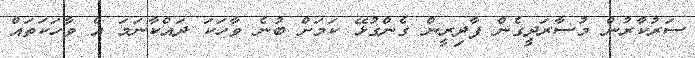
ސަރުކާރުން މުސާރަދީގެން ފާދިރީން ގެންގުޅޭ ކަމަށް ބުނެ ވާހަކަ ދައްކާނަމަ އެ ވާހަކަތައް